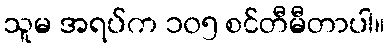
သူမ အရပ်က ၁၀၅ စင်တီမီတာပါ။